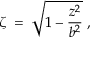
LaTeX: \zeta \; = \; \sqrt { 1 - { \frac { z ^ { 2 } } { b ^ { 2 } } } } \; ,